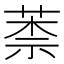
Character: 𦳐